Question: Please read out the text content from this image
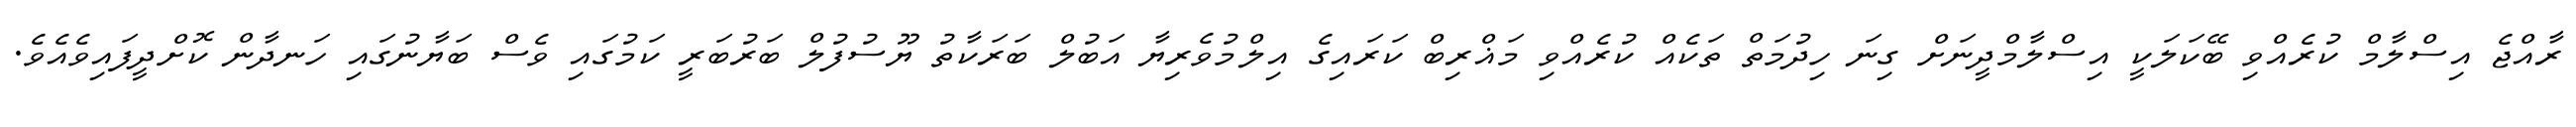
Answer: ރާއްޖެ އިސްލާމް ކުރެއްވި ބޭކަލަކީ އިސްލާމްދީނަށް ގިނަ ހިދުމަތް ތަކެއް ކުރެއްވި މަޣްރިބް ކަރައިގެ އިލްމުވެރިޔާ އަބުލް ބަރަކާތު ޔޫސުފުލް ބަރުބަރީ ކަމުގައި ވެސް ބަޔާނުގައި ހަނދާން ކޮށްދީފައިވެއެވެ.